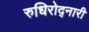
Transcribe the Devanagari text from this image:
रुधिरोद्नारी